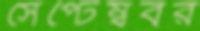
সেপ্টেম্ববর